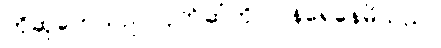
ကိုဆုကေသည် ပိုက်ဆံကို ပြန်ရေနေမိသည်။